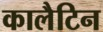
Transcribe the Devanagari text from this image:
कालैटिन